Civil Veterinary Dept. Bombay admin report 1932-41 - 1932-1941
Year: 1932
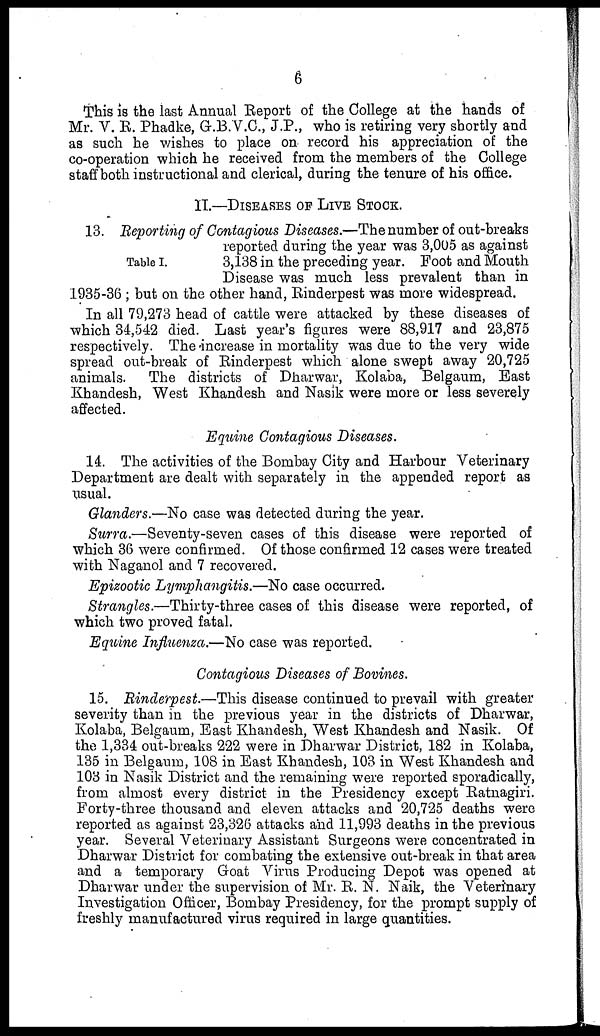
6
This is the last Annual Report of the College at the hands of
Mr. V. R. Phadke, G.B.V.C., J.P., who is retiring very shortly and
as such he wishes to place on record his appreciation of the
co-operation which he received from the members of the College
staff both instructional and clerical, during the tenure of his office.
II.—DISEASES OF LIVE STOCK.
Table I.
13. Reporting of Contagious Diseases.—The number of out-breaks
reported during the year was 3,005 as against
3,138 in the preceding year. Foot and Mouth
Disease was much less prevalent than in
1935-36; but on the other hand, Rinderpest was more widespread.
In all 79,273 head of cattle were attacked by these diseases of
which 34,542 died. Last year's figures were 88,917 and 23,875
respectively. The increase in mortality was due to the very wide
spread out-break of Rinderpest which alone swept away 20,725
animals. The districts of Dharwar, Kolaba, Belgaum, East
Khandesh, West Khandesh and Nasik were more or less severely
affected.
Equine Contagious Diseases.
14. The activities of the Bombay City and Harbour Veterinary
Department are dealt with separately in the appended report as
usual.
Glanders.—No case was detected during the year.
Surra.—Seventy-seven cases of this disease were reported of
which 36 were confirmed. Of those confirmed 12 cases were treated
with Naganol and 7 recovered.
Epizootic Lymphangitis.—No case occurred.
Strangles.—Thirty-three cases of this disease were reported, of
which two proved fatal.
Equine Influenza.—No case was reported.
Contagious Diseases of Bovines.
15. Rinderpest.—This disease continued to prevail with greater
severity than in the previous year in the districts of Dharwar,
Kolaba, Belgaum, East Khandesh, West Khandesh and Nasik. Of
the 1,334 out-breaks 222 were in Dharwar District, 182 in Kolaba,
135 in Belgaum, 108 in East Khandesh, 103 in West Khandesh and
103 in Nasik District and the remaining were reported sporadically,
from almost every district in the Presidency except Ratnagiri.
Forty-three thousand and eleven attacks and 20,725 deaths were
reported as against 23,326 attacks and 11,993 deaths in the previous
year. Several Veterinary Assistant Surgeons were concentrated in
Dharwar District for combating the extensive out-break in that area
and a temporary Goat Virus Producing Depot was opened at
Dharwar under the supervision of Mr. R. N. Naik, the Veterinary
Investigation Officer, Bombay Presidency, for the prompt supply of
freshly manufactured virus required in large quantities.